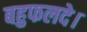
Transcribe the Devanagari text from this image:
बहुफलदे।